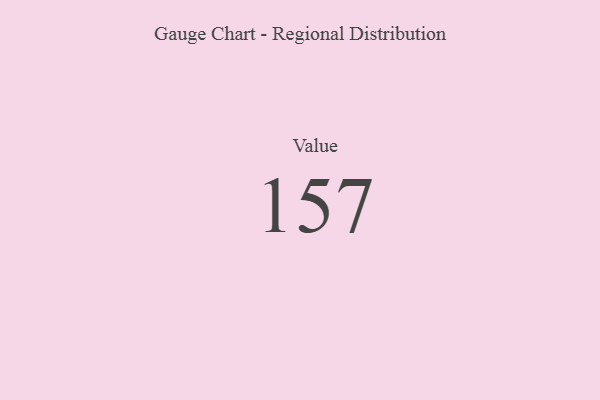
{"axis": {"x": "Metric", "y": "Value"}, "legend": [""], "data": [{"x": "Value", "y": 157, "type": ""}]}